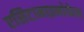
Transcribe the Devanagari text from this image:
एसिटामाइनोफेन